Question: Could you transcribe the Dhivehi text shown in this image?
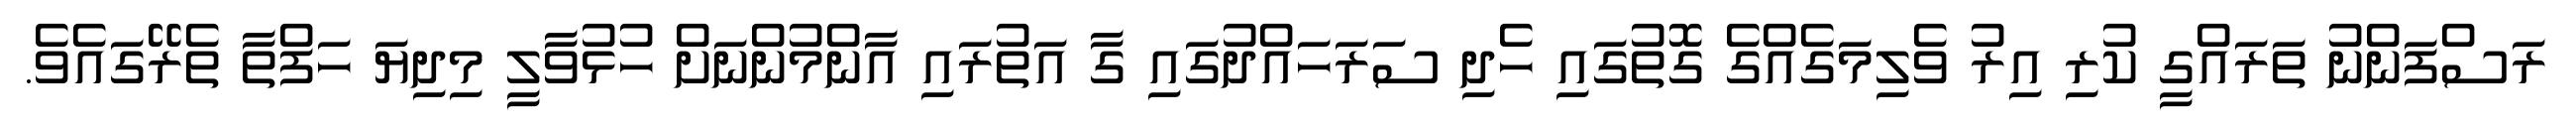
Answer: ރަސްފަންނު ތަރައްގީ ކުރި އިރު ވެލިމަގެއްގެ ގޮތުގައި ހެދި ސަރަހައްދުގައި ގާ އަތުރައި އާންމުންނަށް ހުޅުވާލީ މިދިޔަ ހަފްތާ ތެރޭގައެވެ.